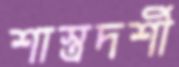
শাস্ত্রদর্শী